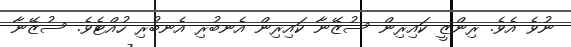
ނުވެ އެވެ. ރިންޒީ ކައިރިން ސުޒޭނާ ކައިރިން އެނބުރި އެނބުރި ހުއްޓެވެ. ސުޒޭނާ